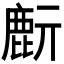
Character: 𪊔